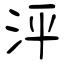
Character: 泙